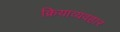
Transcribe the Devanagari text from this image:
क्रियाव्यवहार